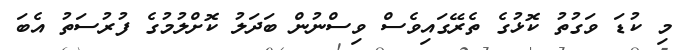
މި ކުޑަ ވަގުތު ކޮޅުގެ ތެރޭގައިވެސް ވިސްނުން ބަދަލު ކޮށްލުމުގެ ފުރުސަތު އެބަ